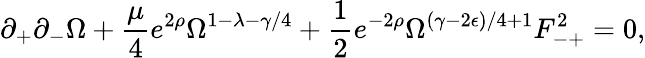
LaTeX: \partial_{+}\partial_{-}\Omega+\frac{\mu}{4}e^{2\rho}\Omega^{1-\lambda-\gamma/4}+\frac{1}{2}e^{-2\rho}\Omega^{(\gamma-2\epsilon)/4+1}F_{-+}^{2}=0,